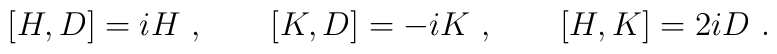
[H, D] = iH \ , \qquad [K, D] = -iK \ , \qquad [H, K] = 2iD \ .